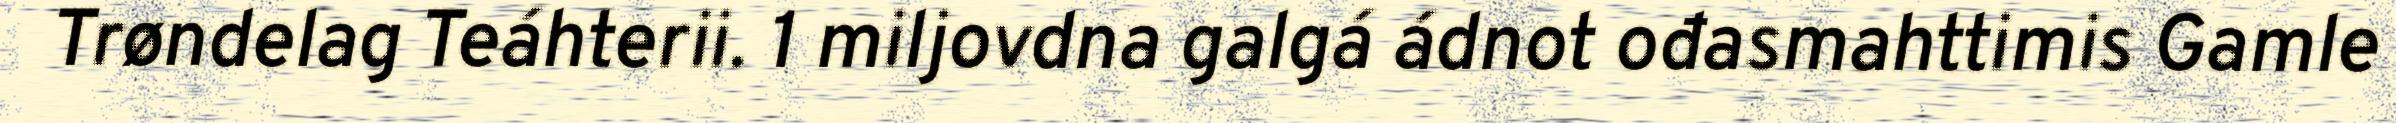
Trøndelag Teáhterii. 1 miljovdna galgá ádnot ođasmahttimis Gamle